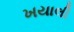
ખયાલી